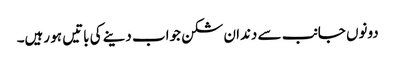
دونوں جانب سے دندان شکن جواب دینے کی باتیں ہو رہیں۔